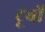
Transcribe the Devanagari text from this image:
टूर्बो